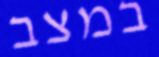
במצב